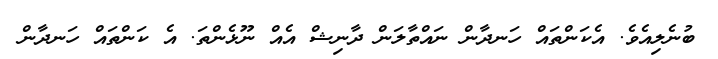
ބުނެލިއެވެ. އެކަންތައް ހަނދާން ނައްތާލަން ދާނިޝް އެއް ނޫޅެންތަ. އެ ކަންތައް ހަނދާން